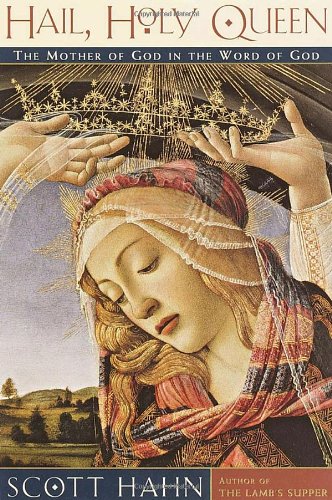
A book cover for Hail, Holy Queen; Scott Hahn; Christian Books & Bibles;